Report of the veterinary officer investigating camel disease
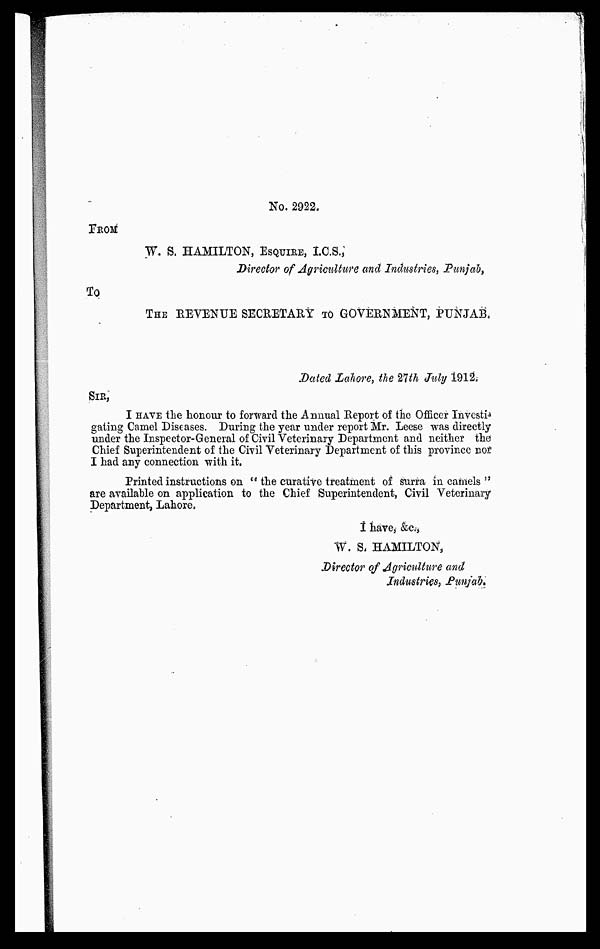
No. 2922.
FROM
W. S. HAMILTON, ESQUIRE, I.C.S.,
Director of Agriculture and Industries, Punjab,
To
THE REVENUE SECRETARY TO GOVERNMENT, PUNJAB.
Dated Lahore, the 21th July 1912,
SIR,
I HAVE the honour to forward the Annual Report of the Officer Investi¬
gating Camel Diseases. During the year under report Mr. Leese was directly
under the Inspector-General of Civil Veterinary Department and neither the
Chief Superintendent of the Civil Veterinary Department of this province nor
I had any connection with it.
Printed instructions on " the curative treatment of surra in camels "
are available on application to the Chief Superintendent, Civil Veterinary
Department, Lahore,
I have, &c,
W. S. HAMILTON,
Director of Agriculture and
Industries, Punjab.